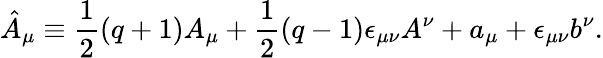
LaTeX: \hat{A}_{\mu}\equiv\frac{1}{2}(q+1)A_{\mu}+\frac{1}{2}(q-1)\epsilon_{\mu\nu}A^{\nu}+a_{\mu}+\epsilon_{\mu\nu}b^{\nu}.